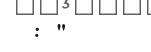
: "